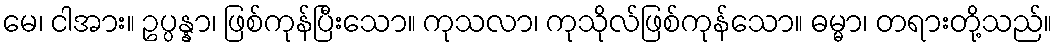
မေ၊ ငါအား။ ဥပ္ပန္နာ၊ ဖြစ်ကုန်ပြီးသော။ ကုသလာ၊ ကုသိုလ်ဖြစ်ကုန်သော။ ဓမ္မာ၊ တရားတို့သည်။